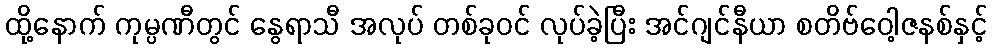
ထို့နောက် ကုမ္ပဏီတွင် နွေရာသီ အလုပ် တစ်ခုဝင် လုပ်ခဲ့ပြီး အင်ဂျင်နီယာ စတိဗ်ဝေါ့ဇနစ်နှင့်